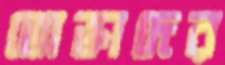
ভোক্তাদের